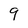
Character: 9